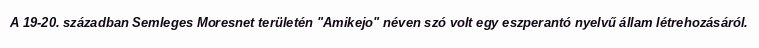
A 19-20. században Semleges Moresnet területén "Amikejo" néven szó volt egy eszperantó nyelvű állam létrehozásáról.